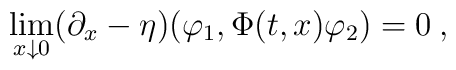
\lim_{x \downarrow 0} ( \partial_x - \eta )(\varphi_1, \Phi(t,x) \varphi_2 ) = 0  \: , \nonumber